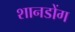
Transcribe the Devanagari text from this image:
शानडोंग